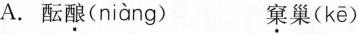
A.酝酿( niàng ) 窠巢( kē )